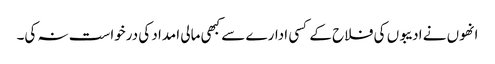
انھوں نے ادیبوں کی فلاح کے کسی ادارے سے کبھی مالی امداد کی درخواست نہ کی۔